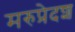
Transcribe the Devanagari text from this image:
मरुप्रेदश